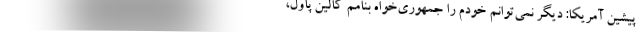
پیشین آمریکا: دیگر نمی‌توانم خودم را جمهوری‌خواه بنامم کالین پاول،